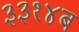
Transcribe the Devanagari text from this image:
३३१४ब